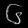
Digit: ၆